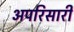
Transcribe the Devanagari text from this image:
अपरिसारी